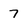
Character: 7